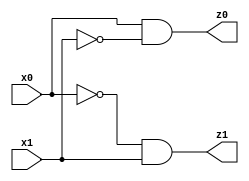
// Benchmark "q_11" written by ABC on Mon Jul 10 19:25:02 2023

module q_11 ( 
    x0, x1,
    z0, z1  );
  input  x0, x1;
  output z0, z1;
  assign z0 = x0 & ~x1;
  assign z1 = ~x0 & x1;
endmodule